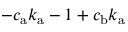
- c _ { \mathrm { a } } k _ { \mathrm { a } } - 1 + c _ { \mathrm { b } } k _ { \mathrm { a } }